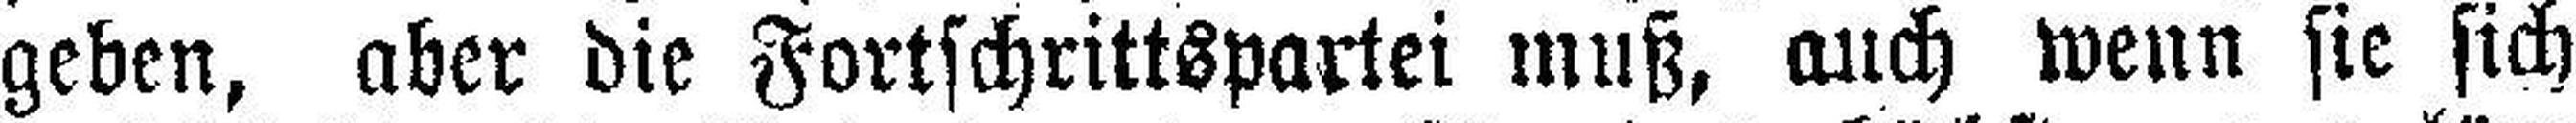
geben, aber die Fortschrittspartei muß, auch wenn sie sich